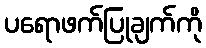
ပရောဖက်ပြုချက်ကို